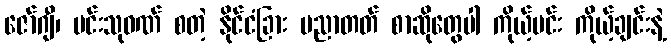
ဇော်ဂျီ၊ မင်းသုဝဏ် စတဲ့ နိုင်ငံခြား ပညာတတ် စာဆိုတွေပါ ကိုယ့်မင်း ကိုယ့်ချင်းနဲ့